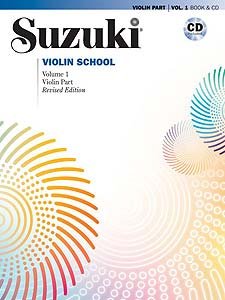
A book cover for Suzuki Violin School Revised Edition Violin Part Book & CD Volume 1; Humor & Entertainment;